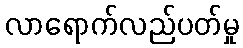
လာရောက်လည်ပတ်မှု